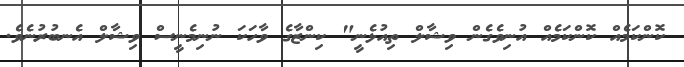
ކޮންކަމެއް ކޮންކަމެއް އުނިވެގެން ވިޝާލް ތިއުޅެނީ" ކިންޒާގެ ވާހަކަ ނުނިމެނީސް ވިޝާލް އެނބުރުނެވެ.